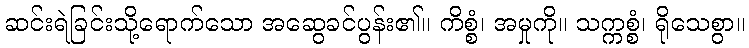
ဆင်းရဲခြင်းသို့ရောက်သော အဆွေခင်ပွန်း၏။ ကိစ္စံ၊ အမှုကို။ သက္ကစ္စံ၊ ရိုသေစွာ။